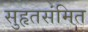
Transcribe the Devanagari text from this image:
सुहृतसंमित